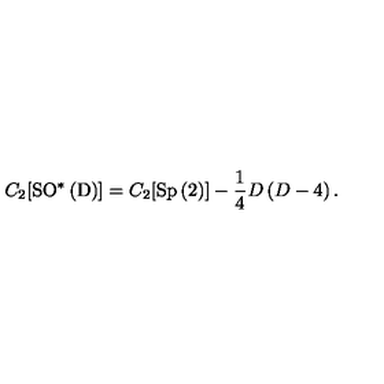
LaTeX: C _ { 2 } [ \mathrm { S O ^ { \ast } \left( D \right) } ] = C _ { 2 } [ \mathrm { S p \left( 2 \right) } ] - \frac { 1 } { 4 } D \left( D - 4 \right) .